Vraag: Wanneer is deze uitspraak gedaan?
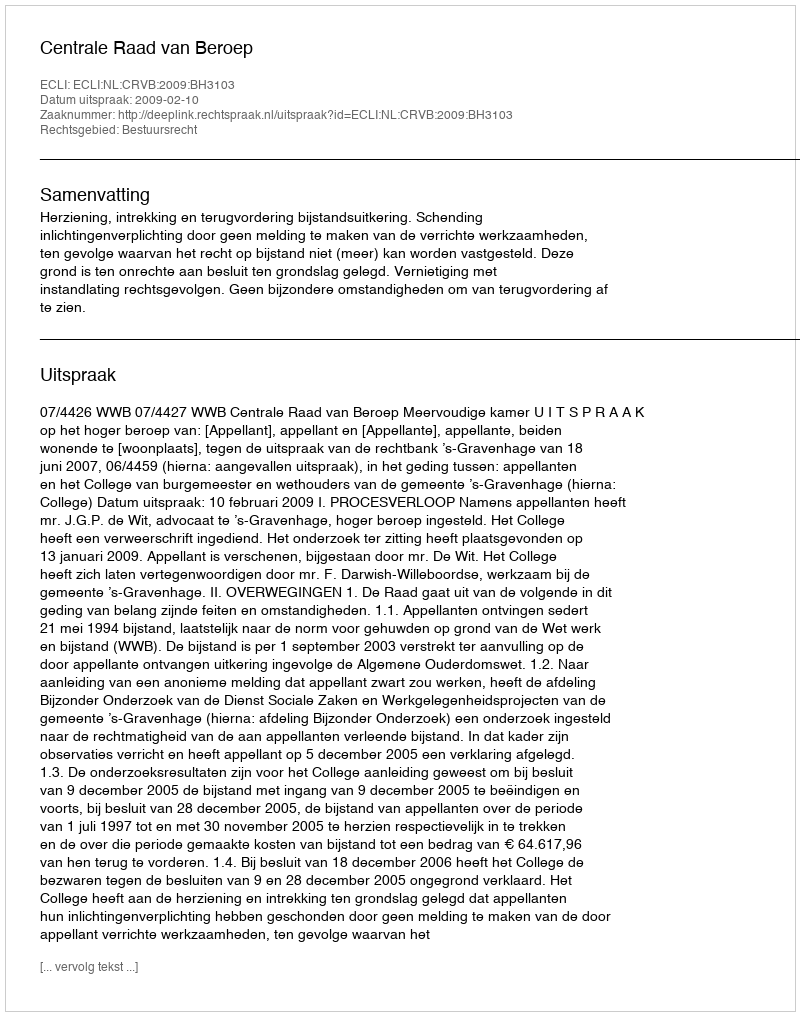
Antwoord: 2009-02-10